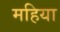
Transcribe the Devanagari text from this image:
महिया